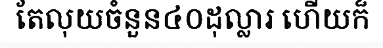
តែលុយចំនួន៤០ដុល្លារ ហើយក៏